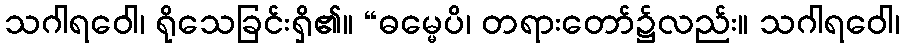
သဂါရဝေါ၊ ရိုသေခြင်းရှိ၏။ “ဓမ္မေပိ၊ တရားတော်၌လည်း။ သဂါရဝေါ၊